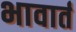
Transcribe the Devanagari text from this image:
भावार्त